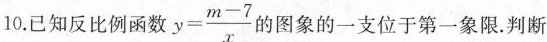
10.已知反比例函数 $$y = \frac { m - 7 } { x }$$ 的图象的一支位于第一象限。判断